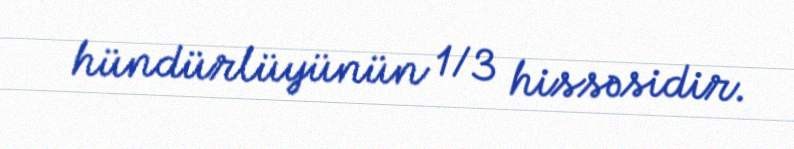
hündürlüyünün 1⁄3 hissəsidir.